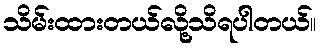
သိမ်းထားတယ်လို့သိရပါတယ်။